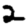
Digit: 2